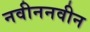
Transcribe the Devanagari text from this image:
नवीननवीन